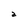
Character: a